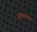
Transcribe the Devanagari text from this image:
भागवतकार